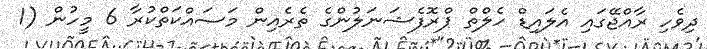
ދިވެހި ރާއްޖޭގައި އެލައިޑް ހެލްތް ޕްރޮފެޝަނަލުންގެ ތެރެއިން މަސައްކަތްކުރާ 6 މީހުން (1